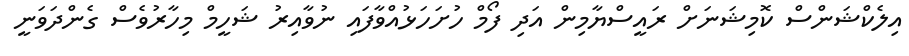
އިލެކްޝަންސް ކޮމިޝަނަށް ރައީސްޔާމިން އަދި ފޯމް ހުށަހަޅުއްވާފައި ނުވާއިރު ޝަހީމް މިހާރުވެސް ގެންދަވަނީ